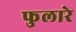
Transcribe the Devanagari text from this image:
फुलारे